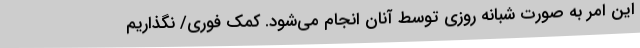
این امر به صورت شبانه روزی توسط آنان انجام می‌شود. کمک فوری/ نگذاریم